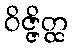
ဝိဇ္ဇိတ္ထ